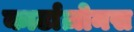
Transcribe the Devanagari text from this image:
कार्टाज़ोनस